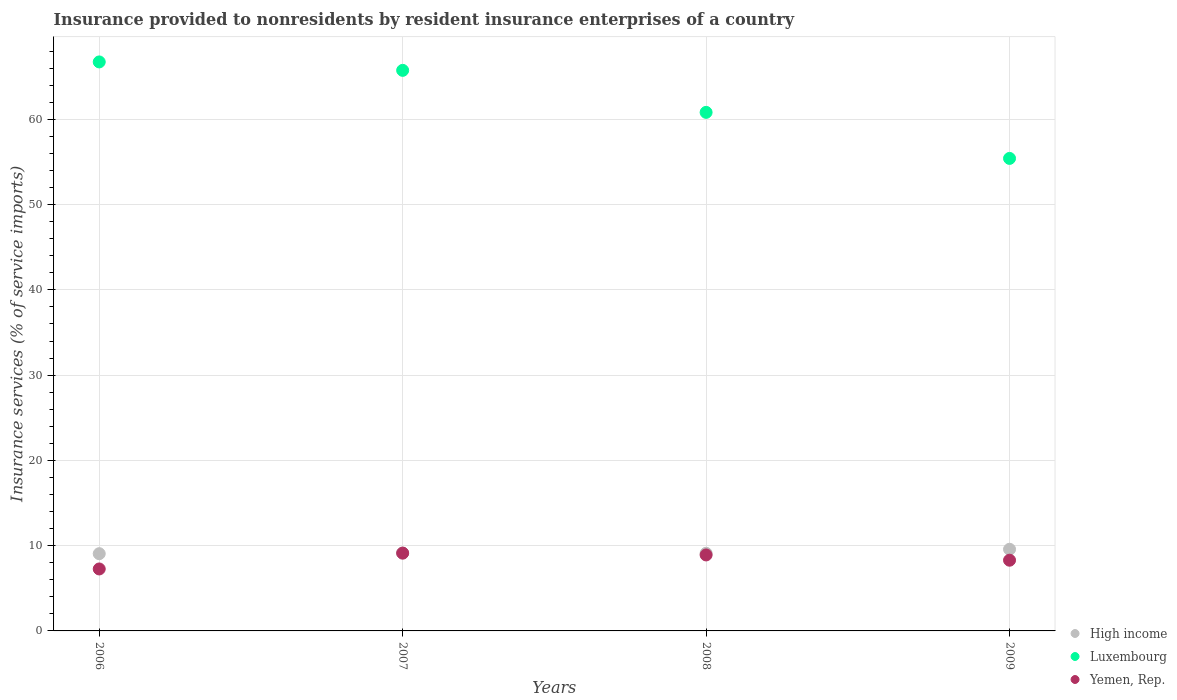
| Years | High income | Luxembourg | Yemen, Rep. |
 | --- | --- | --- | --- |
 | 2006 | 9.06 | 66.7 | 7.27 |
 | 2007 | 9.13 | 65.7 | 9.12 |
 | 2008 | 9.11 | 60.8 | 8.91 |
 | 2009 | 9.58 | 55.4 | 8.29 |